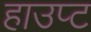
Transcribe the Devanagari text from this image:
हाउप्ट